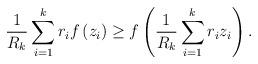
LaTeX: \begin{align*}\frac{1}{R_{k}}\sum_{i=1}^{k}r_{i}f\left( z_{i}\right) \geq f\left( \frac{1}{R_{k}}\sum_{i=1}^{k}r_{i}z_{i}\right) . \end{align*}